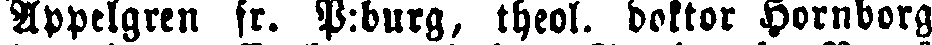
Appelgren fr. P:burg, theol. doktor Hornborg,